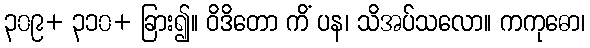
၃၀၉+ ၃၁၀+ ခြား၍။ ဝိဒိတော ကိံ ပန၊ သိအပ်သလော။ ကကုဓော၊